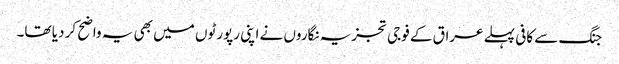
جنگ سے کافی پہلے عراق کے فوجی تجزیہ نگاروں نے اپنی رپورٹوں میں بھی یہ واضح کر دیا تھا۔